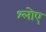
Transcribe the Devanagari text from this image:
श्लोए